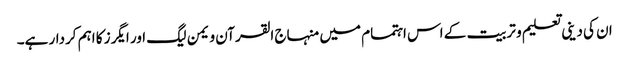
ان کی دینی تعلیم و تربیت کے اس اہتمام میں منہاج القرآن ویمن لیگ اور ایگرز کا اہم کردار ہے۔